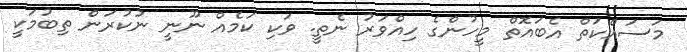
މަސައްކަތް އެބައޮތް މީހުންގެ ހިއްވަރު ނެތީ. ވަކި ކަމެއް ނޫނީ ނުކުރަން ތިބުމަކީ